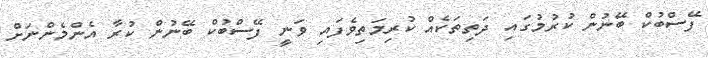
ފޭސްބުކް ބޭނުން ކުރުމުގައި ދަތިތަކެއް ކުރިމަތިވެފައި ވަނީ ފޭސްބުކް ބޭނުން ކުރާ އެންމެންނަށް